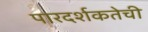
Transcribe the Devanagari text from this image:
पारदर्शकतेची